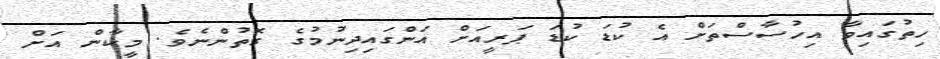
ހިތުގައިވާ އިހުސާސްތަށް އެ ކުޑަ ކުޑަ ޕަރީއަށް އަންގައިދިނުމުގެ ގޮތުންނެވެ. މީކާން އަށް